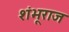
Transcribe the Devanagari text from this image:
शंभूराज